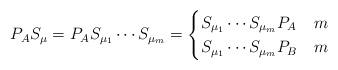
LaTeX: \begin{align*}P_A S_\mu = P_A S_{\mu_1}\cdots S_{\mu_m}= \begin{cases}S_{\mu_1}\cdots S_{\mu_m} P_A & m \\S_{\mu_1}\cdots S_{\mu_m} P_B & m \end{cases}\end{align*}